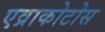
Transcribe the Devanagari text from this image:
एव्राकोटोस